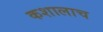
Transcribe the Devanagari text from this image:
कशालाच